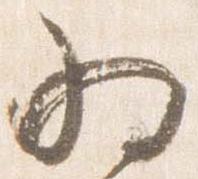
為